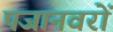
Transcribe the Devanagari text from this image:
पजानवरों